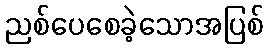
ညစ်ပေစေခဲ့သောအပြစ်